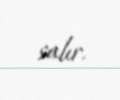
salır.